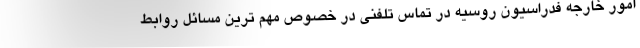
امور خارجه فدراسیون روسیه در تماس تلفنی در خصوص مهم ترین مسائل روابط